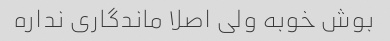
بوش خوبه ولی اصلا ماندگاری نداره